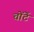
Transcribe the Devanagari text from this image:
चोंटें